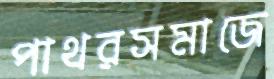
পাথরসমাজে